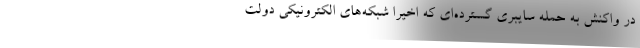
در واکنش به حمله سایبری گسترده‌ای که اخیرا شبکه‌های الکترونیکی دولت